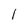
Character: 1